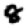
Digit: 8